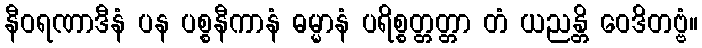
နီဝရဏာဒီနံ ပန ပစ္စနီကာနံ ဓမ္မာနံ ပရိစ္စတ္တတ္တာ တံ ယညန္တိ ဝေဒိတဗ္ဗံ။